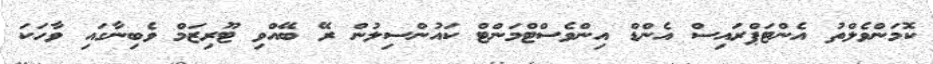
ކޮމަންވެލްތު އެންޓަޕްރައިސް އެންޑް އިންވެސްޓްމަންޓް ކައުންސިލުން ރޭ ބޭއްވި ޓޫރިޒަމް ވެބިނާގައި ވާހަކަ